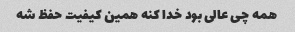
همه چی عالی بود خدا کنه همین کیفیت حفظ شه